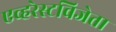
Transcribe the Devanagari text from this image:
एव्हरेस्टविजेता